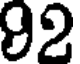
92